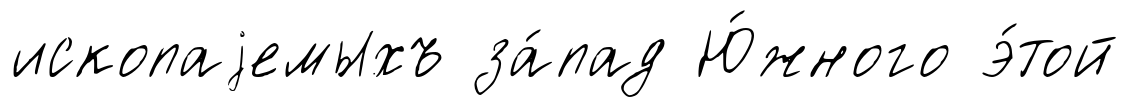
ископаjемыхъ за́пад Ю́жного э́той